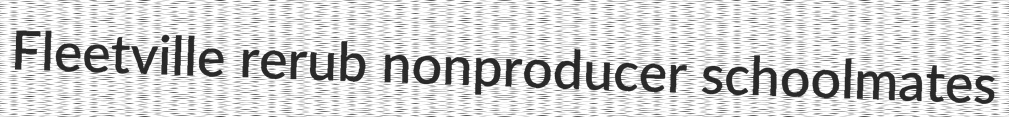
Fleetville rerub nonproducer schoolmates